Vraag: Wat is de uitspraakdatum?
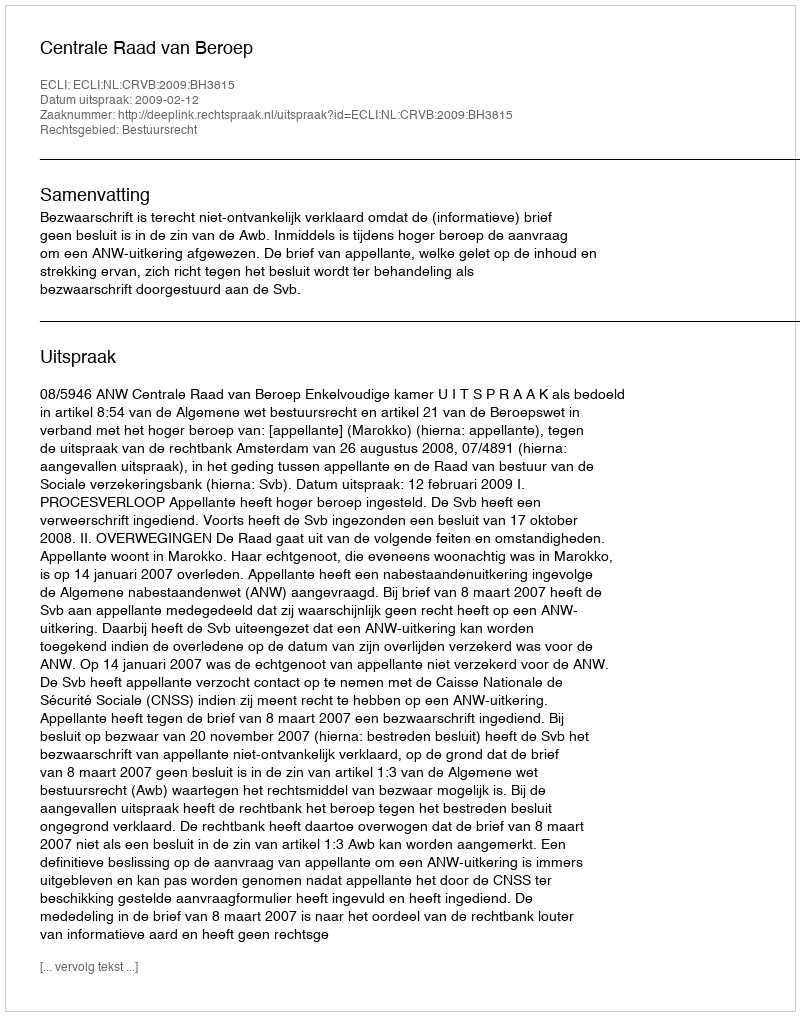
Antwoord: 2009-02-12